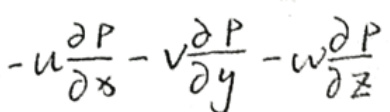
\[-u\frac{\partial P}{\partial x}-v\frac{\partial P}{\partial y}-w\frac{\partial P}{\partial z}\]